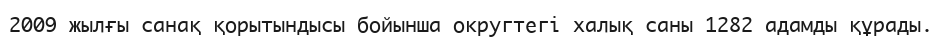
2009 жылғы санақ қорытындысы бойынша округтегі халық саны 1282 адамды құрады.